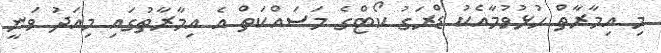
މި އިމާރާތް ހުޅުވުމާއެކު ޑްރަގު ކޯޓްގެ މަސައްކަތް އެ އިމާރާތުގައި މިއަދު ވަނީ